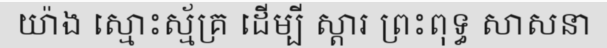
យ៉ាង ស្មោះស្ម័គ្រ ដើម្បី ស្តារ ព្រះពុទ្ធ សាសនា